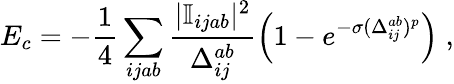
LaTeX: E_{c}=-\frac{1}{4}\sum_{ijab}\frac{|\mathbb{I}_{ijab}|^{2}}{\Delta_{ij}^{ab}}\Big(1-e^{-\sigma(\Delta_{ij}^{ab})^{p}}\Big)\; ,